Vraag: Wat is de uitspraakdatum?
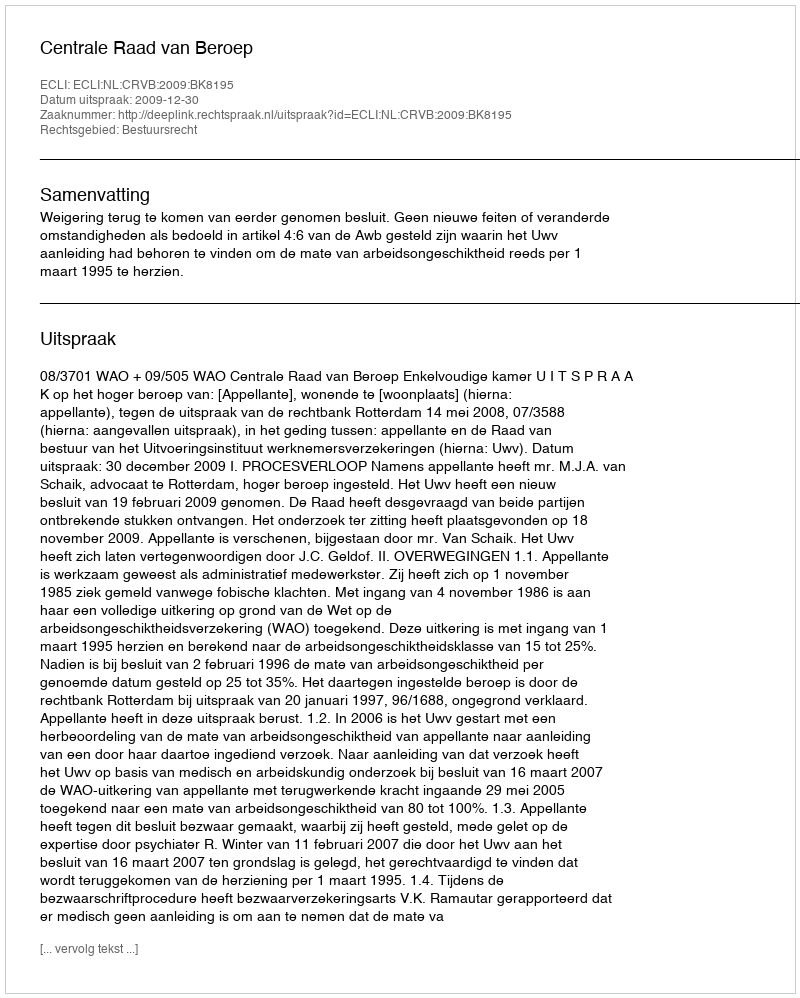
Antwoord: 2009-12-30